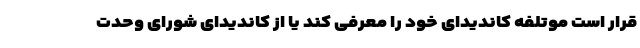
قرار است موتلفه کاندیدای خود را معرفی کند یا از کاندیدای شورای وحدت